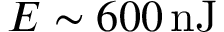
E \sim 6 0 0 \, \mathrm { n J }